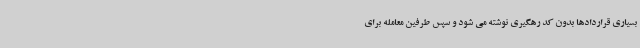
بسیاری قراردادها بدون کد رهگیری نوشته می شود و سپس طرفین معامله برای